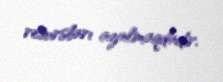
resursları azalmaqdadır.